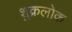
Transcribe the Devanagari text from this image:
शुक्रलोक